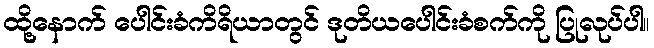
ထို့နောက် ပေါင်းခံကိရိယာတွင် ဒုတိယပေါင်းခံစက်ကို ပြုလုပ်ပါ။